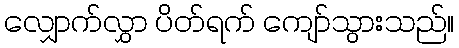
လျှောက်လွှာ ပိတ်ရက် ကျော်သွားသည်။